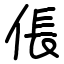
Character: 倀